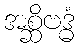
အစ္ဆိဗဒ္ဓံ